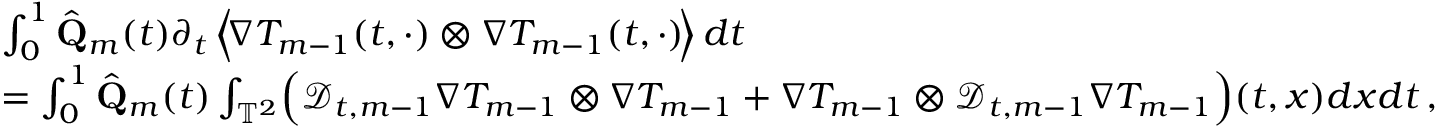
\begin{array} { r l } & { \int _ { 0 } ^ { 1 } \hat { \mathbf { Q } } _ { m } ( t ) \partial _ { t } \, \Bigl \langle \! \nabla T _ { m - 1 } ( t , \cdot ) \otimes \nabla T _ { m - 1 } ( t , \cdot ) \! \Bigr \rangle \, d t } \\ & { = \int _ { 0 } ^ { 1 } \hat { \mathbf { Q } } _ { m } ( t ) \int _ { \ensuremath { \mathbb { T } } ^ { 2 } } \Bigl ( \mathscr { D } _ { t , m - 1 } \nabla T _ { m - 1 } \otimes \nabla T _ { m - 1 } + \nabla T _ { m - 1 } \otimes \mathscr { D } _ { t , m - 1 } \nabla T _ { m - 1 } \Bigr ) ( t , x ) d x d t \, , } \end{array}